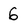
Character: 6